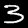
Digit: 3